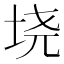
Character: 𫭪